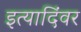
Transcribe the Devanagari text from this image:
इत्यादिंवर